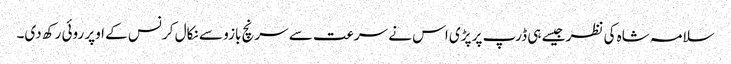
سلامہ شاہ کی نظر جیسے ہی ڈرپ پر پڑی اس نے سرعت سے سرنچ بازو سے نکال کر نس کے اوپر روئی رکھ دی۔